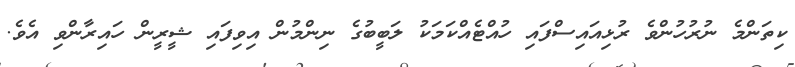
ކިތަންމެ ނުރުހުންވެ ރުޅިއައިސްފައި ހުއްޓެއްކަމަކު ލަބީބުގެ ނިންމުން އިވިފައި ޝީރީން ހައިރާންވި އެވެ.